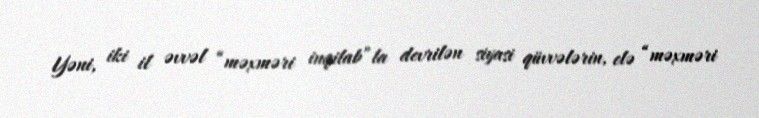
Yəni, iki il əvvəl “məxməri inqilab”la devrilən siyasi qüvvələrin, elə “məxməri